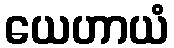
ယေဟာယံ